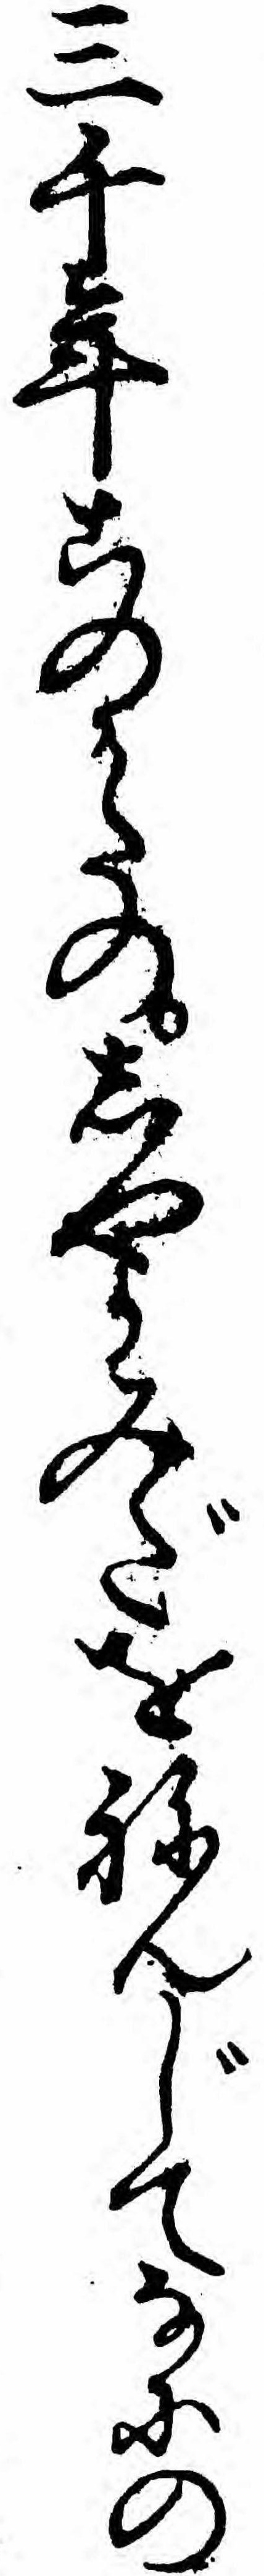
三千年このかたのしやかみだをねんじてなにの